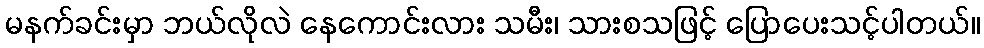
မနက်ခင်းမှာ ဘယ်လိုလဲ နေကောင်းလား သမီး၊ သားစသဖြင့် ပြောပေးသင့်ပါတယ်။